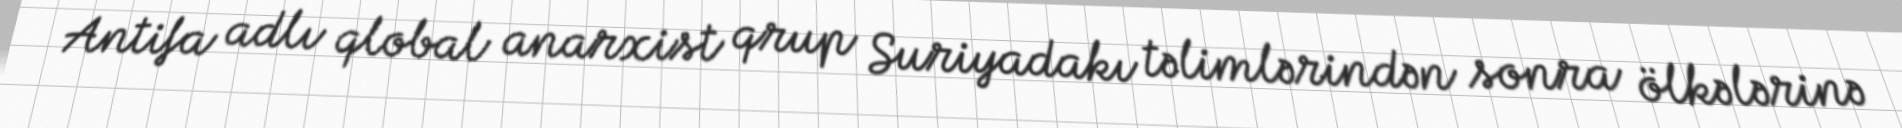
Antifa adlı qlobal anarxist qrup Suriyadakı təlimlərindən sonra ölkələrinə